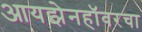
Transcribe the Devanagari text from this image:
आयझेनहॉवरचा